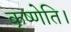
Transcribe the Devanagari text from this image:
कृष्णेति।